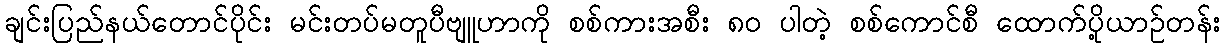
ချင်းပြည်နယ်တောင်ပိုင်း မင်းတပ်မတူပီဗျူဟာကို စစ်ကားအစီး ၈၀ ပါတဲ့ စစ်ကောင်စီ ထောက်ပို့ယာဉ်တန်း